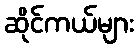
ဆိုင်ကယ်များ